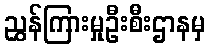
ညွှန်ကြားမှုဦးစီးဌာနမှ